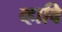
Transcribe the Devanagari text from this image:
व्हावि